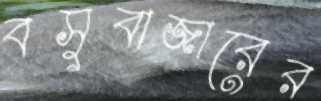
বসুবাজারের